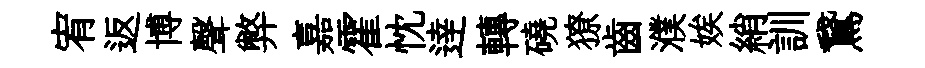
宥返博聲弊嘉霍忱逹轉磽獠齒濮娭綃訓鵞